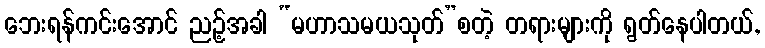
ဘေးရန်ကင်းအောင် ညဉ့်အခါ “မဟာသမယသုတ်”စတဲ့ တရားများကို ရွတ်နေပါတယ်,